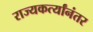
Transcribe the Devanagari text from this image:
राज्यकर्त्यांनंतर